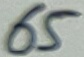
Text: 65